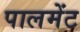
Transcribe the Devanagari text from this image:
पालमेंट